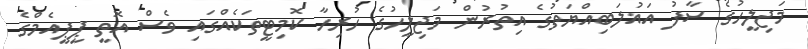
މަޖިލީހުގެ ސާފު އަޣުލަބިއްޔަތުގެ އިތުރުން މަޖިލީހުގެ ހުރިހާ ކޮމިޓީތަކެއްގައި ވެސް އޮތީ ޕީޕީއެމްގެ